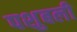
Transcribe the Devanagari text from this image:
पशुबली